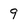
Character: 9